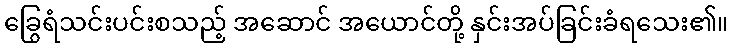
ခြွေရံသင်းပင်းစသည့် အဆောင် အယောင်တို့ နှင်းအပ်ခြင်းခံရသေး၏။